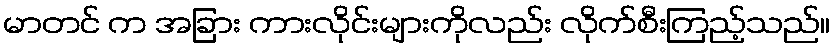
မာတင် က အခြား ကားလိုင်းများကိုလည်း လိုက်စီးကြည့်သည်။